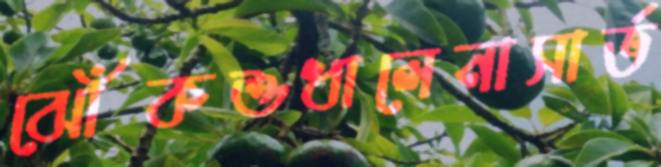
ঝোঁকশুধালেনাসার্ভ